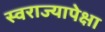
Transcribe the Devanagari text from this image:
स्वराज्यापेक्षा